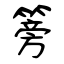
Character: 篣